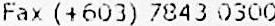
FAX (+603) 7843 0300